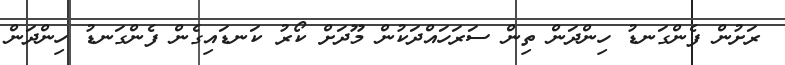
ރަށުން ފެންގަނޑު ހިންދަން ތިން ސަރަހައްދަކުން މޫދަށް ކޯރު ކަނޑައިގެން ފެންގަނޑު ހިންދަން